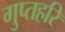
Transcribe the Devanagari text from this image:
गुप्तहरि